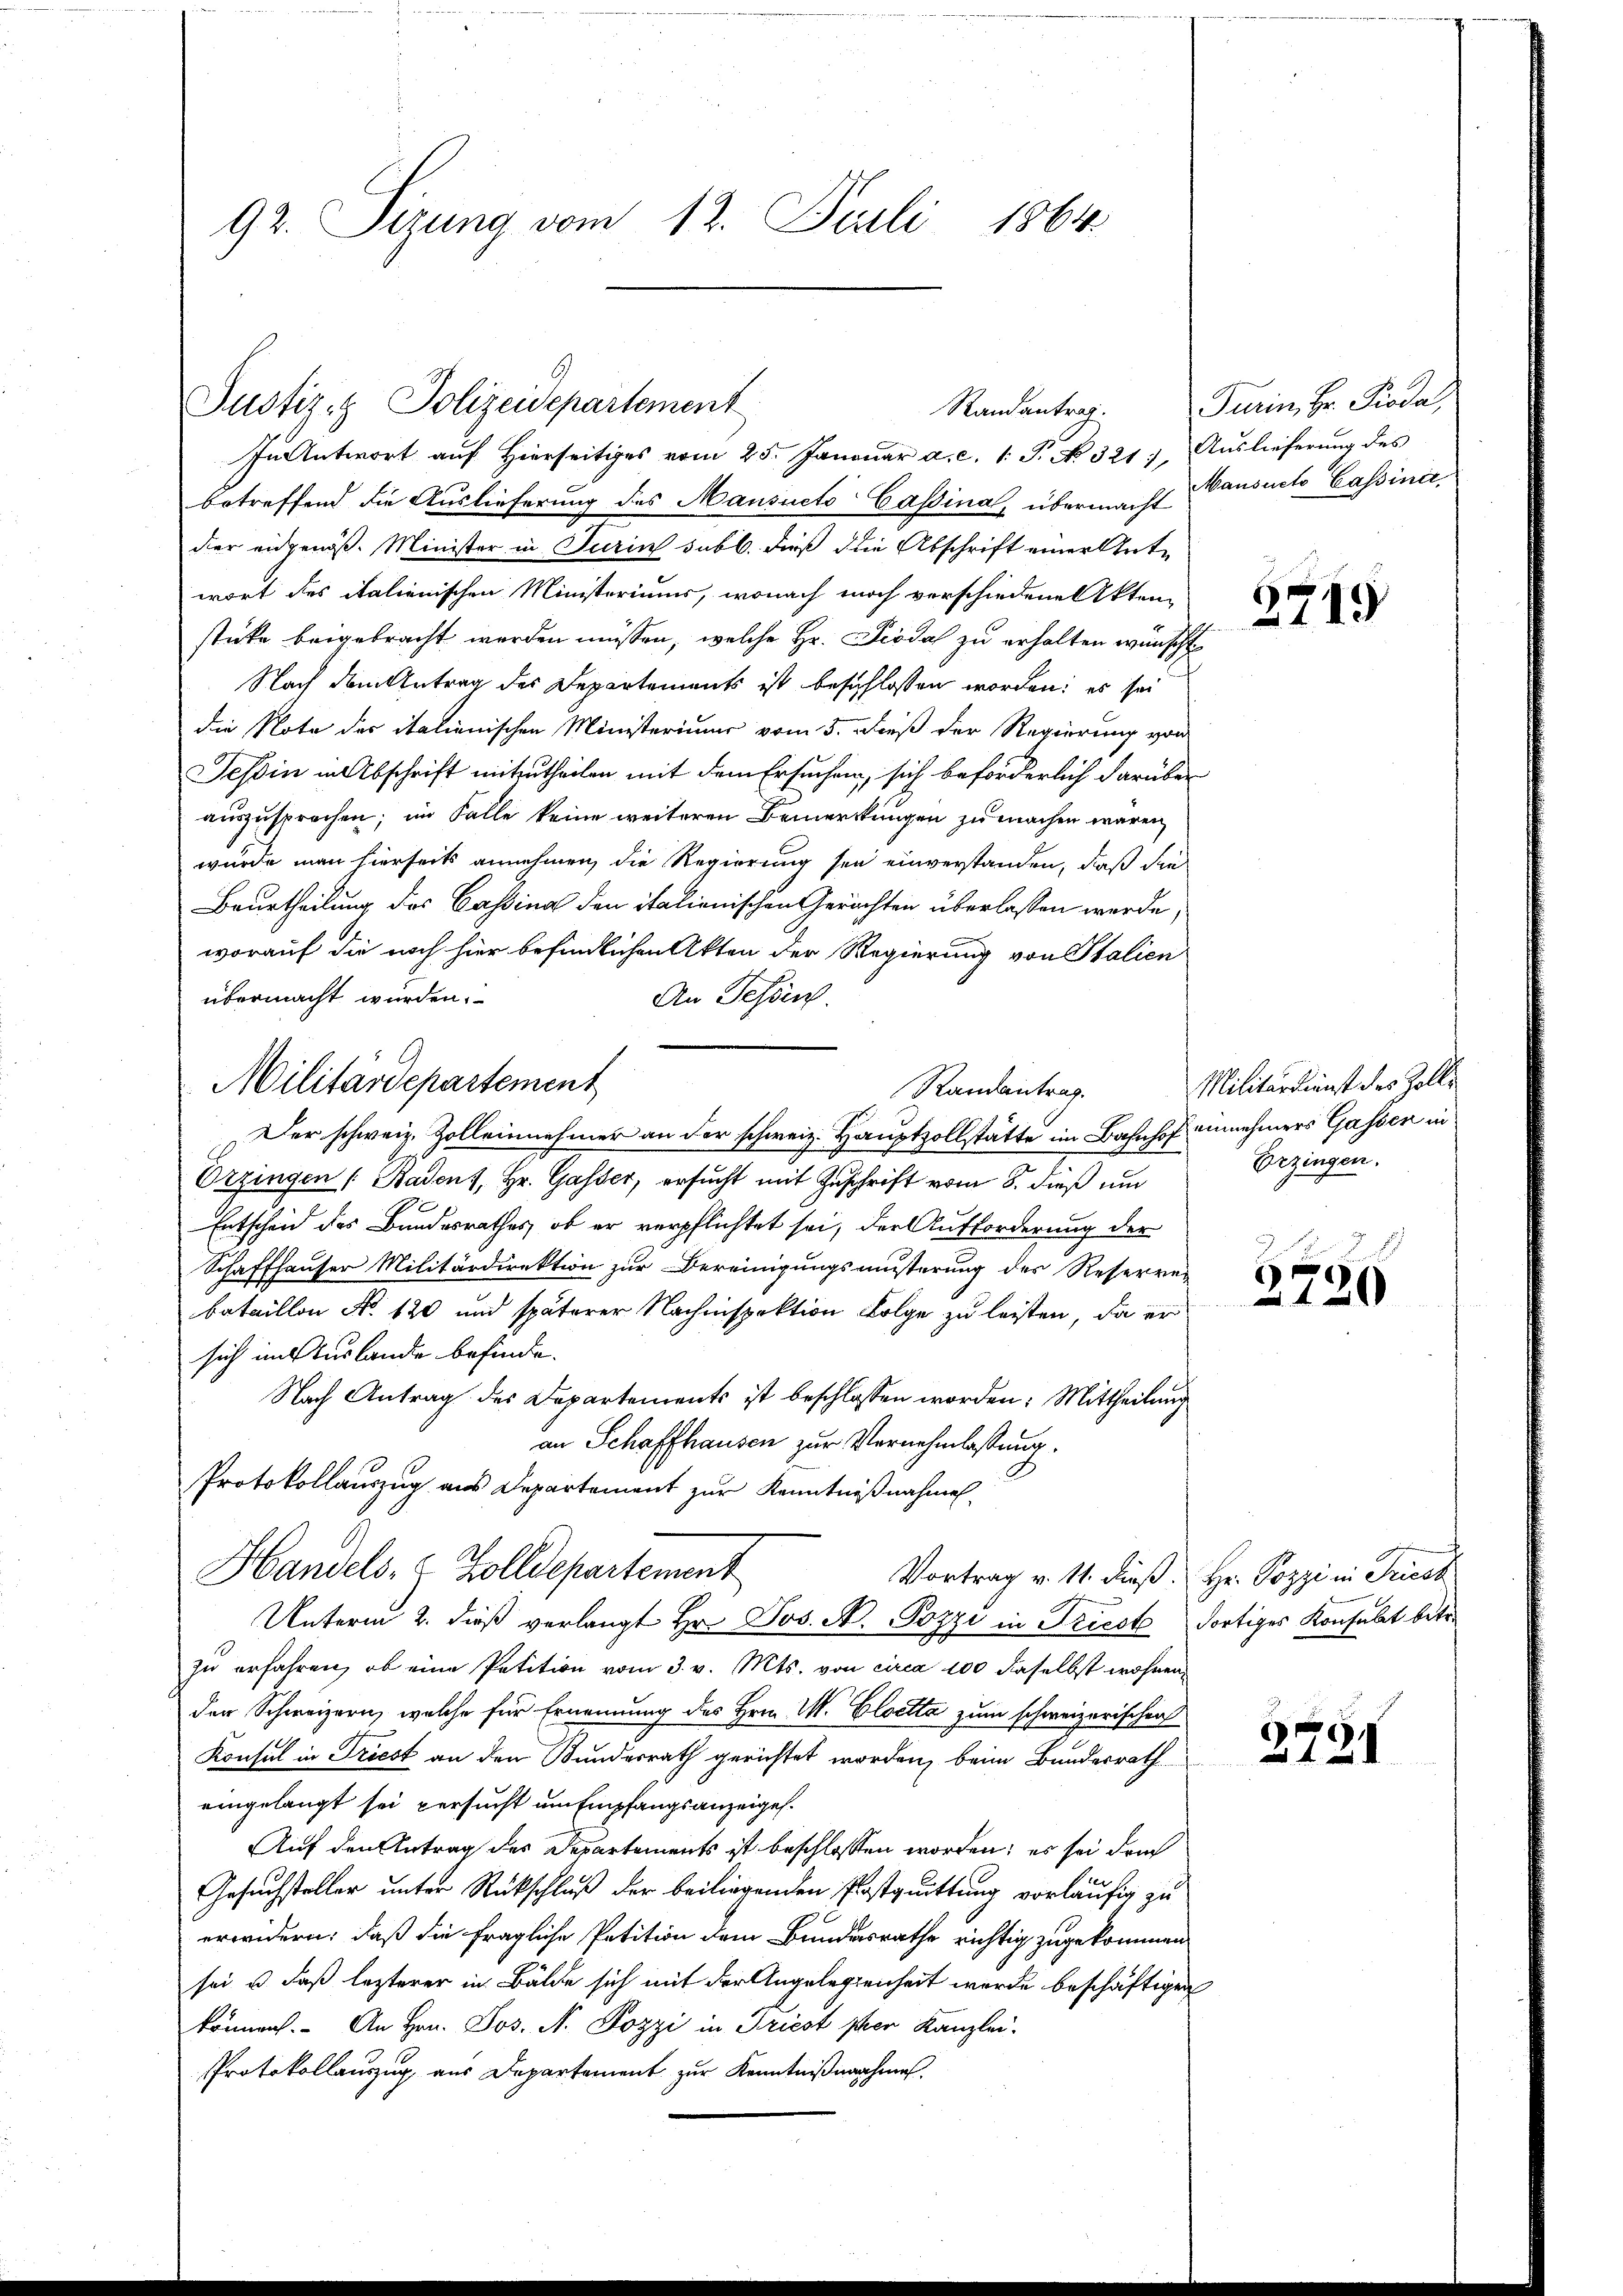
92. Sizung vom 12. Juli 1864.

Justiz- & Polizeidepartement
Randantrag.

In Antwort aŭf hierseitiges vom 25. Janŭar a. c. 1 S. No. 321), Aŭslieferŭng des
betreffend die Auslieferung des Mansucts Cassina übermacht ansuete Cassinis
der eidgenöß. Minister in Turin subl. dieß die Abschrift einer Unte
wort des italienischen Ministeriums, wonach noch verschiedene Aktenstücke beigebracht werden müssen, welche Hr. Piodal zu erholten wünscht
Nach dem Antrag des Departements ist beschlossen worden; es sei
die Note der italienischen Ministeriums vom 5. Dieß der Regierung von
Tessin in Abschrift mitzutheilen mit dem Ersuchen, sich beförderlich darüber
auszusprochen; im Falle keine weiteren Bemerkungen zu machen wären,
wurde man hierseits annehmen, die Regierung sei einverstanden, daß die
Beurtheilung des Cassina den italienischen Gerichten überlassen werde,
worauf die noch hier befindlichen Akten der Regierung von Italien
übermacht würden.
An Tessin
Randantrag.
Der schweiz. Zolleinnehmer an der schweiz. Hauptzollstätte im Bahnhof annehmers Gassen in
Urzingen ( Badens, Hr. Gasser, ersucht mit Zuschrift vom 8. dieß un
Entscheid des Bundesrathes, ob er verpflichtet sei, der Aufforderung der
Schaffhauser Militärdirektion zur Bereinigungsmusterung des Reserre-
bataillon No. 120 und späterer Nachmispektion Folge zu leisten, da er
sich im Auslande befinde.
Nach Antrag des Departements ist beschlossen worden: Mittheilung
an Schaffhausen zur Vernehmlassung.
Protokollauszug aus Departement zur Kenntnißnahmen¬
Handels- & Zolldepartement
Vortrag v. 11. dieß Hr. Pozzi in Friesh
Unterm 2. dieß verlangt Hr. Jos. N. Pozzi in Triest dortiges Konsulat betre
zu erfahren, ob eine Petition vom 3. v. Mts. von circa 100 daselbst wohnen
der Schweizern, welche für Ernennung des Hrn. M. Cloetta zum schweizerischen
Konsul in Triest an den Bundesrath gerichtet worden, beim Bundesrath
eingelangt sei versucht um Empfangsanzeigel.
Auf den Antrag des Departements ist beschlossen worden; es sei drich
Gesuchsteller unter Rückschluß der beiliegenden Postquittung vorläufig zu
erwidern, daß die fragliche Petition dem Bundesrathe richtig zugekommen
sei u. daß lezterer in Bälde sich mit der Angelegenheit wurde beschäftigen
können. An Hrn. Jos. N. Pozzi in Kriest per Kanzlei-
Protokollauszug aus Departement zur Kenntnißnahme.

Militärdepartement

Turin, Hr. Pioda,

2719

Militärkunst des Zolle
Eezingen.

.
2720

3791